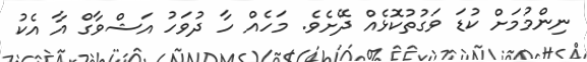
ނިންމުމަށް ކުޑަ ވަގުތުކޮޅެއް ދޭށެވެ. މަހެއް ހާ ދުވަހު އަޝްވާގް އާ އެކު